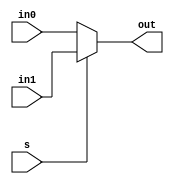
`timescale 1ns / 1ps

//////////////////////////////////////////////////////////////////////////////////
// Assignment No: 6
// Group No     : 8
// Problem No   : 1
// Group Members: Suhas Jain    (19CS30048)
//				  Monal Prasad  (19CS30030)
// Semester No  : 5 (Autumn 2021-22)
//////////////////////////////////////////////////////////////////////////////////
// Module to implement a 2:1 mux 

module mux(
    input in0, 
    input in1,
    input s, 
    output reg out
);
    /*
        in0: Input at port 0 of the mux 
        in1: Input at port 1 of the mux 
        s:   Select signal of the mux 
        out: Output bit of the mux
    */

    // Output control block 
    always @(*) begin
        if(s)
            out <= in1;    // Output is same as input in port 1 if s = 1
        else
            out <= in0;    // Output is same as input in port 0 if s = 0
    end
    
endmodule